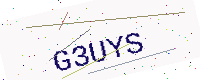
Text: G3UYS